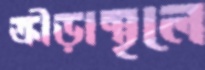
ক্রীড়াস্থলে